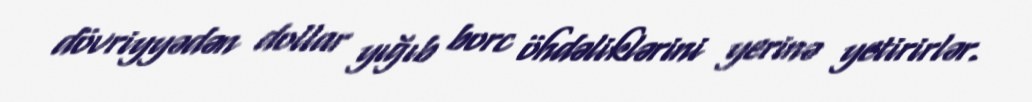
dövriyyədən dollar yığıb borc öhdəliklərini yerinə yetirirlər.